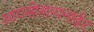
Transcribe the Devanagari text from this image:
आयसोसायनाईट